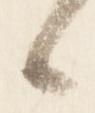
候